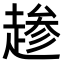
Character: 𫎺